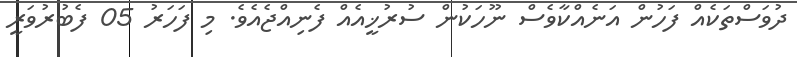
ދުވަސްތަކެއް ފަހުން އަނެއްކާވެސް ނޫހަކުން ސުރުޚީއެއް ފެނިއްޖެއެވެ. މި ފަހަރު 05 ފެބުރުވަރީ